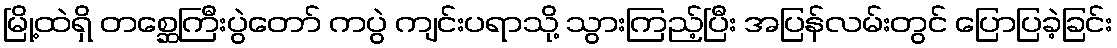
မြို့ထဲရှိ တစ္ဆေကြီးပွဲတော် ကပွဲ ကျင်းပရာသို့ သွားကြည့်ပြီး အပြန်လမ်းတွင် ပြောပြခဲ့ခြင်း